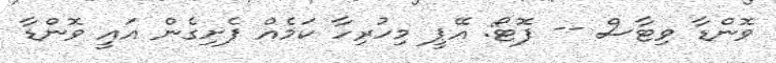
ވޮންޑާ ވިޓާސް -- ފޮޓޯ: އޭޕީ މިހުރިހާ ކަމެއް ފެށިގެން އައީ ވޮންޑާ